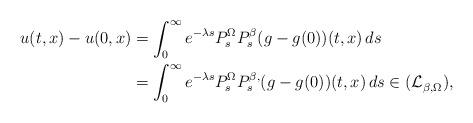
LaTeX: \begin{align*}u(t,x)-u(0,x)&=\int_0^\infty e^{-\lambda s}P^\Omega_sP^\beta_s(g-g(0))(t,x)\,ds\\&=\int_0^\infty e^{-\lambda s}P^\Omega_sP^{\beta,}_s(g-g(0))(t,x)\,ds\in (\mathcal L_{\beta,\Omega}^{}),\end{align*}